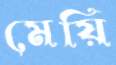
মেয়ি